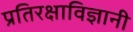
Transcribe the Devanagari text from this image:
प्रतिरक्षाविज्ञानी